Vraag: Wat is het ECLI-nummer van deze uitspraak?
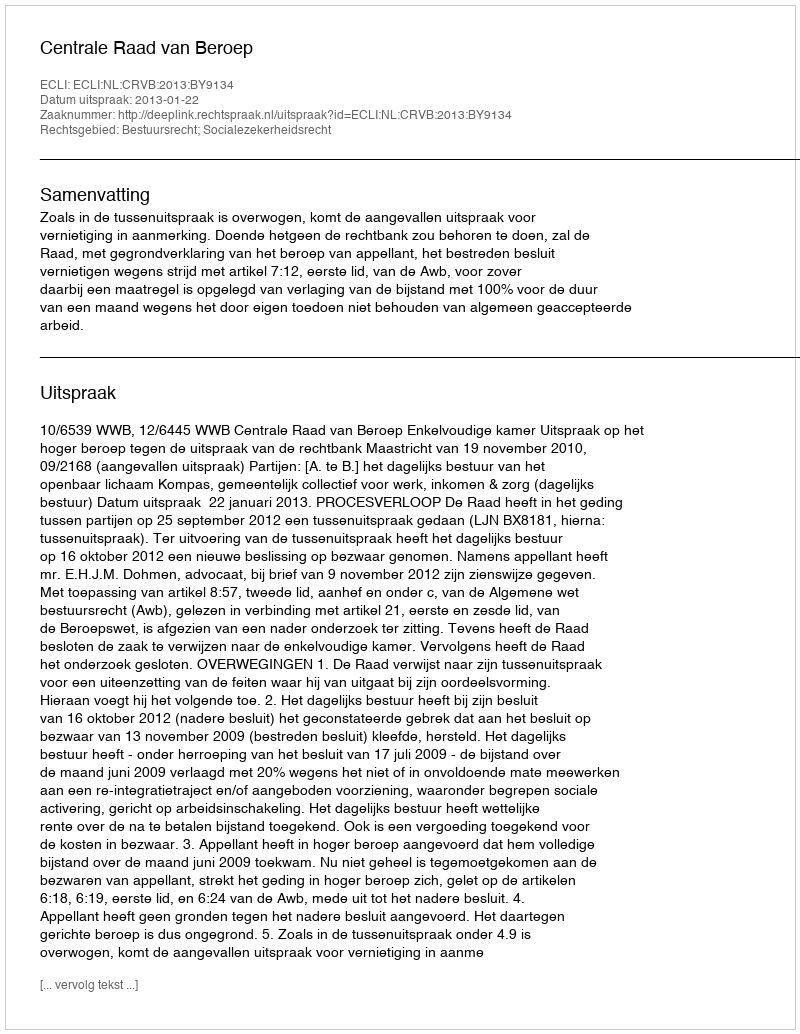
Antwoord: ECLI:NL:CRVB:2013:BY9134